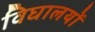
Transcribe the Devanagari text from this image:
विघालयों